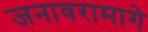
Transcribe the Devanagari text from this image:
जनावरामागे